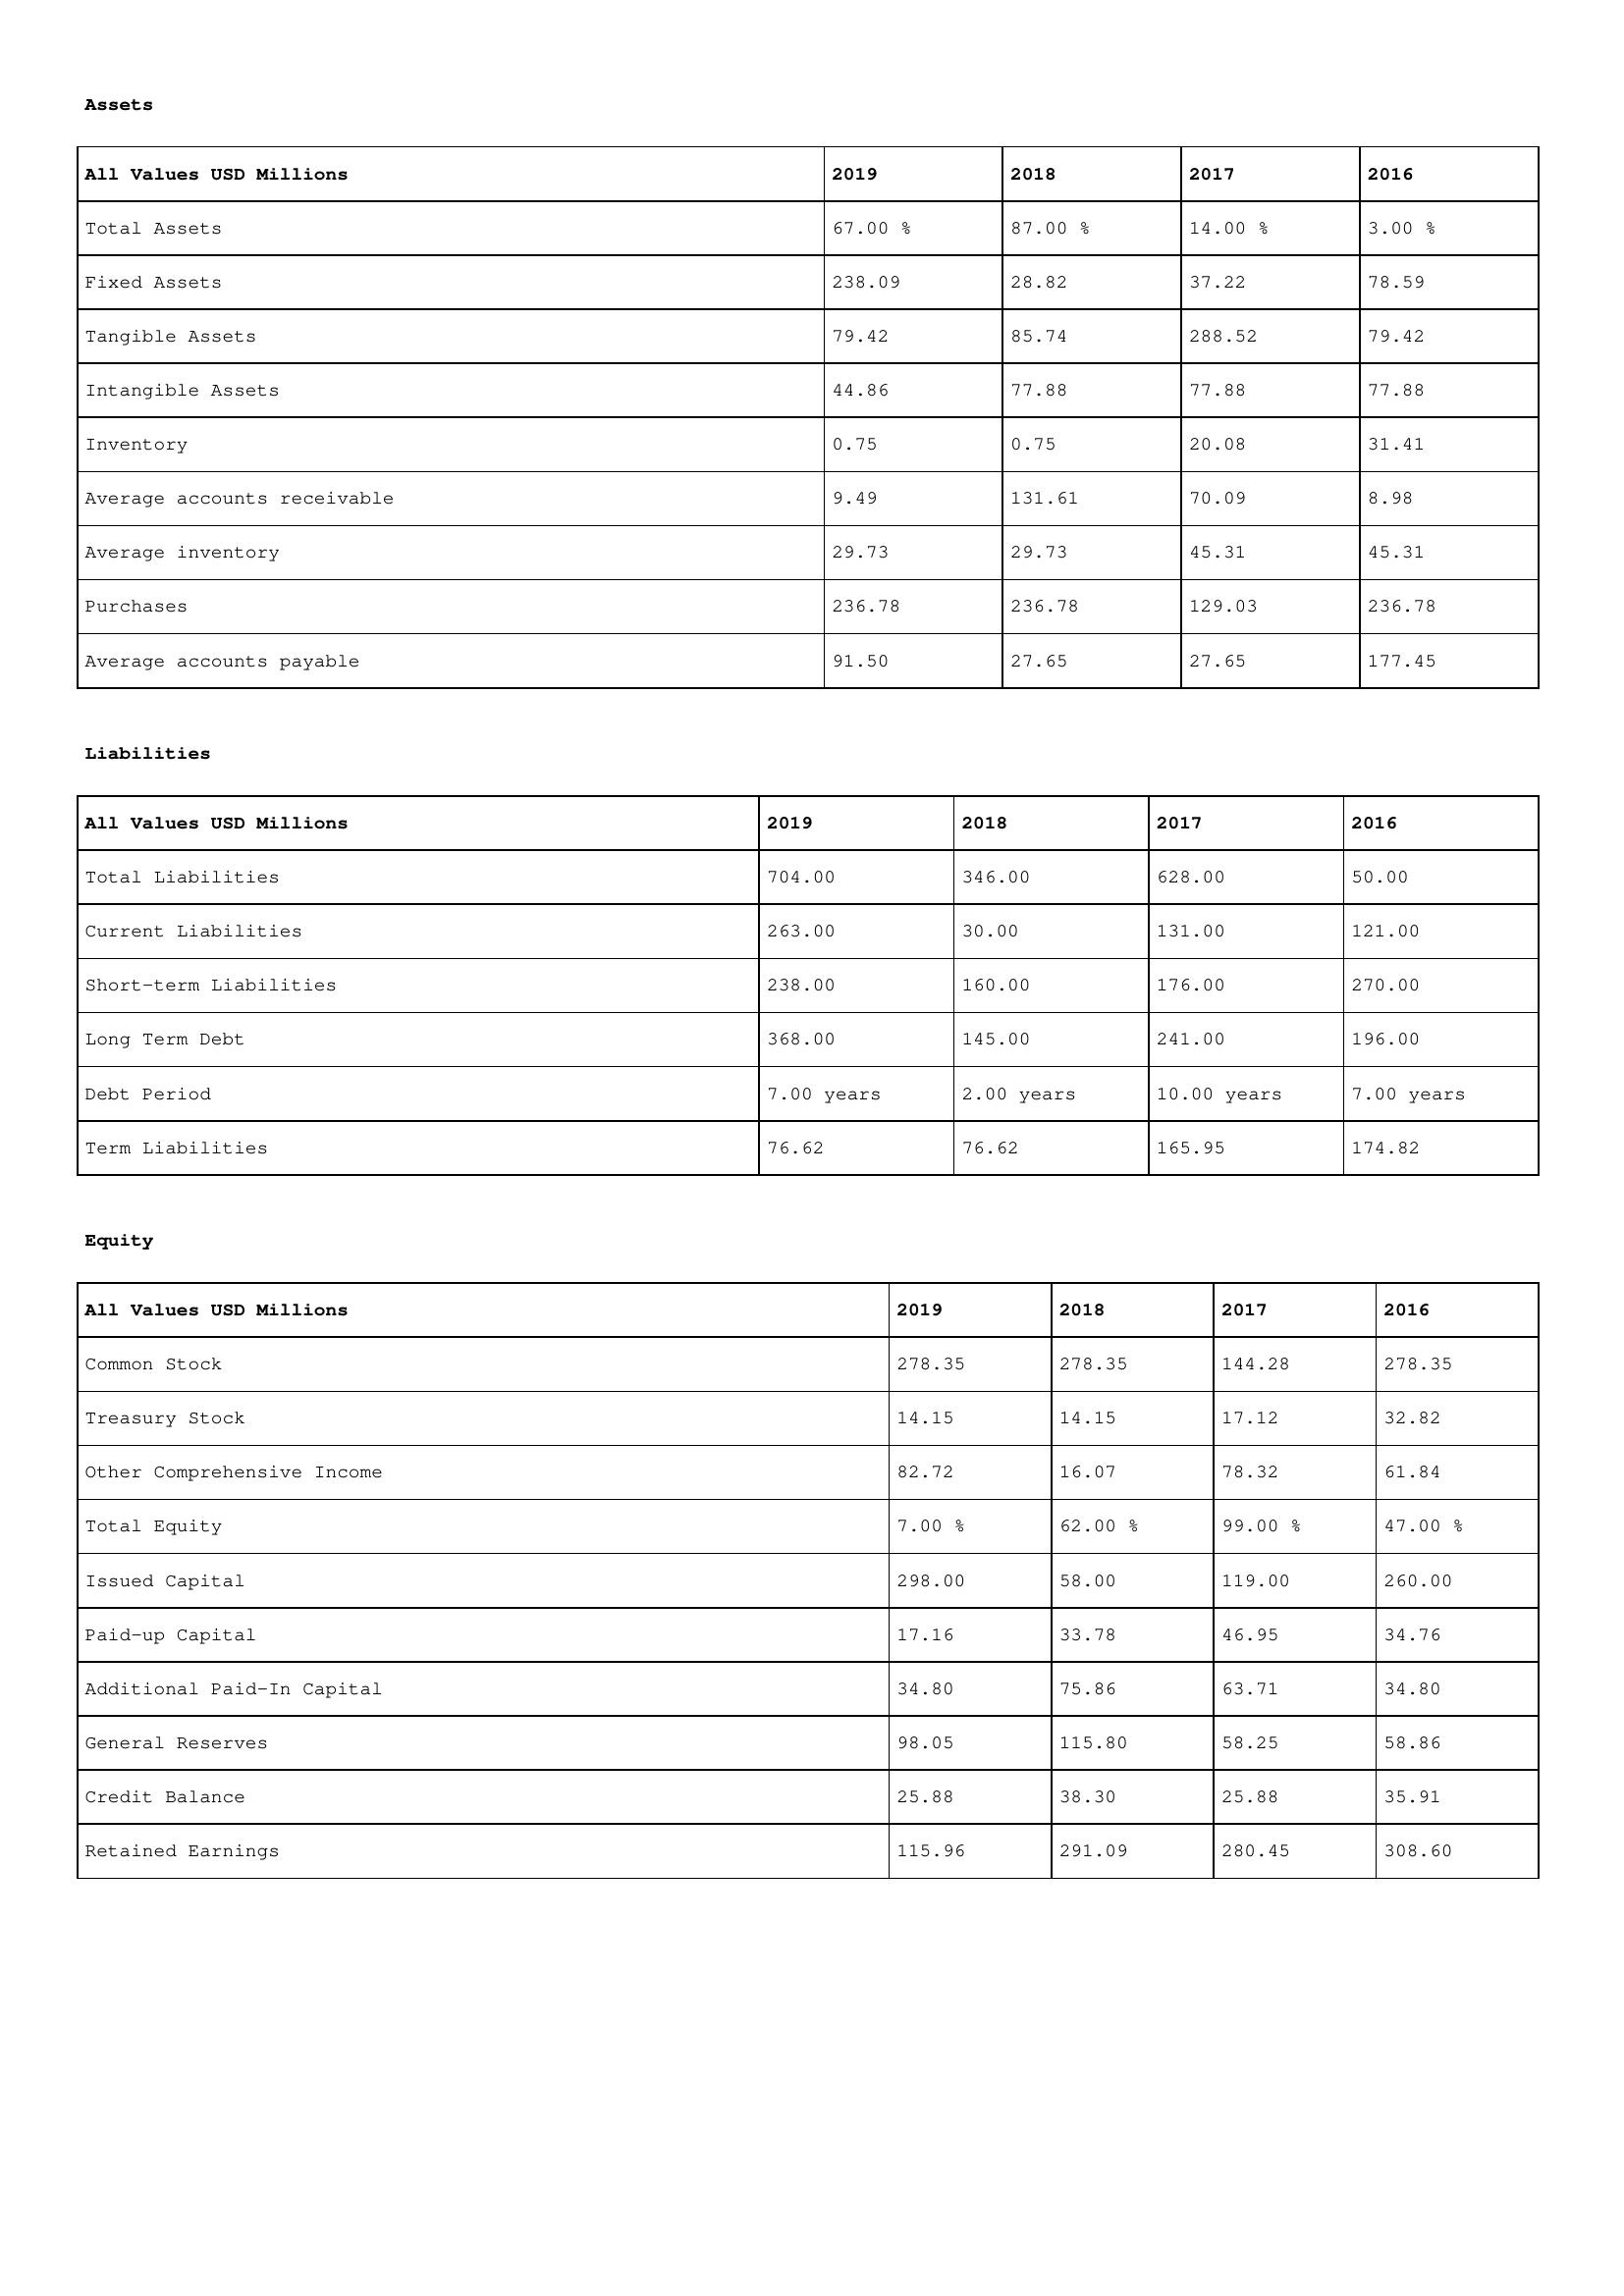
gt_parse: 2019: Assets: Total Assets: 67.00 %
Fixed Assets: 238.09
Tangible Assets: 79.42
Intangible Assets: 44.86
Inventory: 0.75
Average accounts receivable: 9.49
Average inventory: 29.73
Purchases: 236.78
Average accounts payable: 91.50
Liabilities: Total Liabilities: 704.00
Current Liabilities: 263.00
Short-term Liabilities: 238.00
Long Term Debt: 368.00
Debt Period: 7.00 years
Term Liabilities: 76.62
Equity: Common Stock: 278.35
Treasury Stock: 14.15
Other Comprehensive Income: 82.72
Total Equity: 7.00 %
Issued Capital: 298.00
Paid-up Capital: 17.16
Additional Paid-In Capital: 34.80
General Reserves: 98.05
Credit Balance: 25.88
Retained Earnings: 115.96
2018: Assets: Total Assets: 87.00 %
Fixed Assets: 28.82
Tangible Assets: 85.74
Intangible Assets: 77.88
Inventory: 0.75
Average accounts receivable: 131.61
Average inventory: 29.73
Purchases: 236.78
Average accounts payable: 27.65
Liabilities: Total Liabilities: 346.00
Current Liabilities: 30.00
Short-term Liabilities: 160.00
Long Term Debt: 145.00
Debt Period: 2.00 years
Term Liabilities: 76.62
Equity: Common Stock: 278.35
Treasury Stock: 14.15
Other Comprehensive Income: 16.07
Total Equity: 62.00 %
Issued Capital: 58.00
Paid-up Capital: 33.78
Additional Paid-In Capital: 75.86
General Reserves: 115.80
Credit Balance: 38.30
Retained Earnings: 291.09
2017: Assets: Total Assets: 14.00 %
Fixed Assets: 37.22
Tangible Assets: 288.52
Intangible Assets: 77.88
Inventory: 20.08
Average accounts receivable: 70.09
Average inventory: 45.31
Purchases: 129.03
Average accounts payable: 27.65
Liabilities: Total Liabilities: 628.00
Current Liabilities: 131.00
Short-term Liabilities: 176.00
Long Term Debt: 241.00
Debt Period: 10.00 years
Term Liabilities: 165.95
Equity: Common Stock: 144.28
Treasury Stock: 17.12
Other Comprehensive Income: 78.32
Total Equity: 99.00 %
Issued Capital: 119.00
Paid-up Capital: 46.95
Additional Paid-In Capital: 63.71
General Reserves: 58.25
Credit Balance: 25.88
Retained Earnings: 280.45
2016: Assets: Total Assets: 3.00 %
Fixed Assets: 78.59
Tangible Assets: 79.42
Intangible Assets: 77.88
Inventory: 31.41
Average accounts receivable: 8.98
Average inventory: 45.31
Purchases: 236.78
Average accounts payable: 177.45
Liabilities: Total Liabilities: 50.00
Current Liabilities: 121.00
Short-term Liabilities: 270.00
Long Term Debt: 196.00
Debt Period: 7.00 years
Term Liabilities: 174.82
Equity: Common Stock: 278.35
Treasury Stock: 32.82
Other Comprehensive Income: 61.84
Total Equity: 47.00 %
Issued Capital: 260.00
Paid-up Capital: 34.76
Additional Paid-In Capital: 34.80
General Reserves: 58.86
Credit Balance: 35.91
Retained Earnings: 308.60